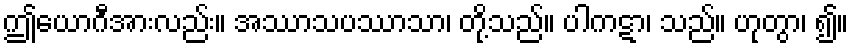
ဤယောဂီအားလည်း။ အဿာသပဿာသာ၊ တို့သည်။ ပါကဋာ၊ သည်။ ဟုတွာ၊ ၍။